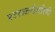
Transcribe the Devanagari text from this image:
मज्जज्जनोत्तारिणी